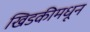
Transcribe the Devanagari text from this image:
खिडकीमधून